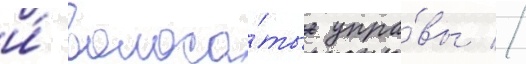
и́ волоса́тые упра́вы //